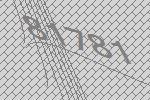
81781